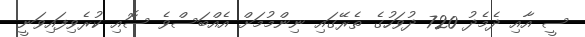
ސީ އާއި ދެމެދު 720 ދުވަހުގެ ތެރޭގައި ނިންމުމަށް އެއްބަސްވެ ސޮއި ކުރެވިފައިވަނީ